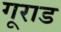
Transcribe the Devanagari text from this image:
गूराड